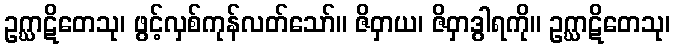
ဥဂ္ဃာဋိတေသု၊ ဖွင့်လှစ်ကုန်လတ်သော်။ ဇိဝှာယ၊ ဇိဝှာဒွါရကို။ ဥဂ္ဃာဋိတေသု၊